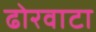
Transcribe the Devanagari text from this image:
ढोरवाटा